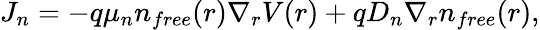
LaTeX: J_{n}=-q\mu_{n}n_{free}(r)\nabla_{r}V(r)+qD_{n}\nabla_{r}n_{free}(r),